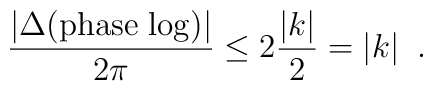
\frac{|\Delta ({\rm phase \; log})|}{2 \pi} \leq 2 \frac{|k|}{2} = |k|  \;\;.